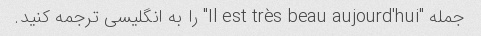
جمله "Il est très beau aujourd'hui" را به انگلیسی ترجمه کنید.